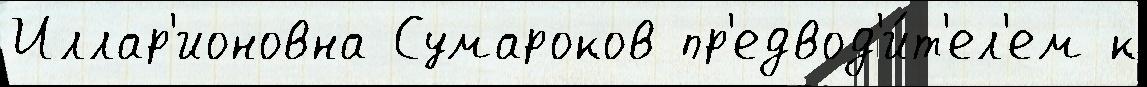
Иллар'ионовна Сумароков пр'едвод'и́т'ел'ем к